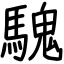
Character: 騩